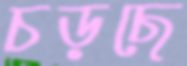
চড়ছে